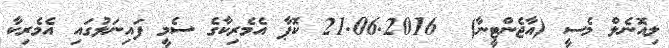
ލިއޮނެލް މެސީ (އާޖެންޓީނާ)  21.06.2016 ކޮޕާ އެމެރިކާގެ ސެމީ ފައިނަލުގައި އެމެރިކާ